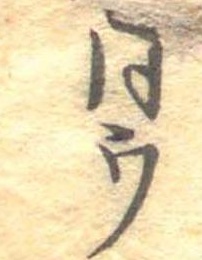
同ウ